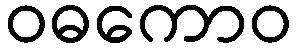
ဝဓကောဝ